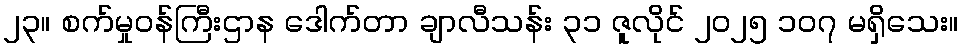
၂၃။ စက်မှုဝန်ကြီးဌာန ဒေါက်တာ ချာလီသန်း ၃၁ ဇူလိုင် ၂၀၂၅ ၁၀၇ မရှိသေး။